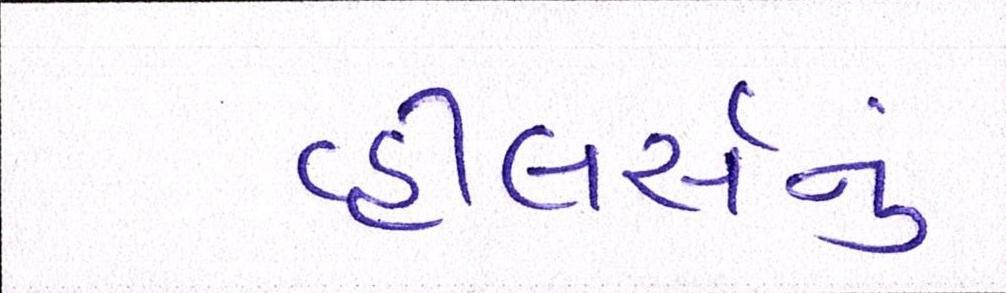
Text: વ્હીલર્સનું